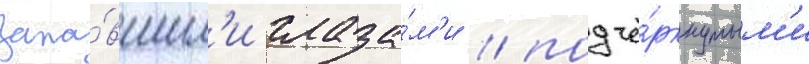
запа́вшим'и глаза́м'и / подчё́ркнутым'и